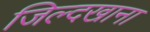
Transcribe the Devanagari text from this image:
जिल्दखाना